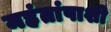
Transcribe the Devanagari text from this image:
महंतांपाशी